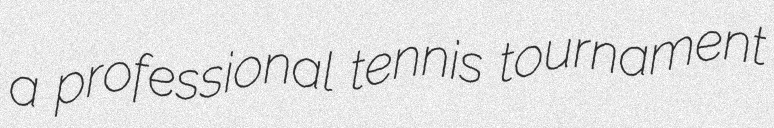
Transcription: a professional tennis tournament